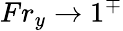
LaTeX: Fr_{y}\to 1^{\mp}